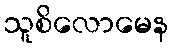
သူစိလောမေန